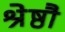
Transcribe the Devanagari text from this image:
श्रेष्ठौ